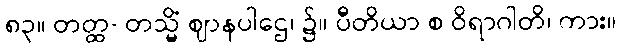
၈၃။ တတ္ထ- တသ္မိံ ဈာနပါဌေ၊ ၌။ ပီတိယာ စ ဝိရာဂါတိ၊ ကား။